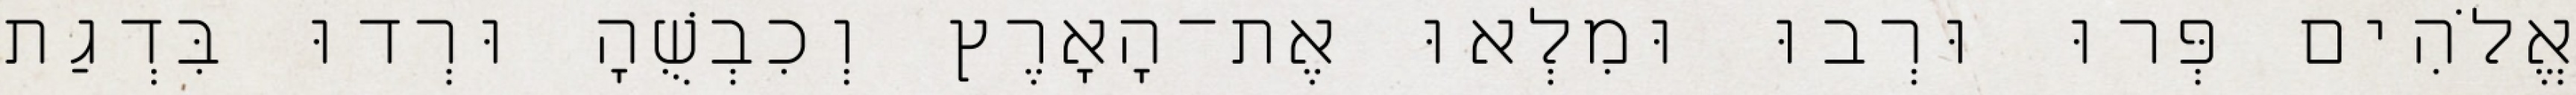
אֱלֹהִים פְּרוּ וּרְבוּ וּמִלְאוּ אֶת־הָאָרֶץ וְכִבְשֻׁהָ וּרְדוּ בִּדְגַת